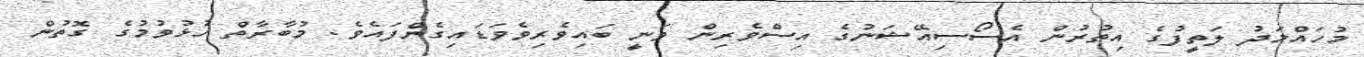
މުހައްމަދު ލަތީފުގެ އިތުރުން އެސޯސިއޭޝަނުގެ އިސްވެރިން ވަނީ ބައިވެރިވެވަޑައިގެންފައެވެ. މުބާރާތް ހުޅުވުމުގެ ގޮތުން